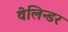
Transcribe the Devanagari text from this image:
वेलिन्डर